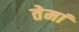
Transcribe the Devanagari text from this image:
तेमां